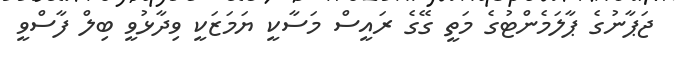
ޖަޕާނުގެ ޕާލަމެންޓުގެ މަތީ ގޭގެ ރައީސް މަސާކީ ޔަމަޒަކީ ވިދާޅުވީ ބިލް ފާސްވީ